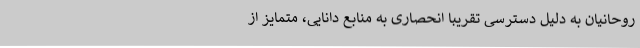
روحانیان به دلیل دسترسی تقریبا انحصاری به منابع دانایی، متمایز از